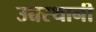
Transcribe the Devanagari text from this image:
उच्चस्थानी